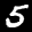
Label: 5